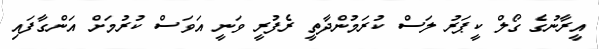
އީރާނުގެ ގޯލް ކީޕަރު ލަސް ކުރަމުންދާތީ ރެފުރީ ވަނީ އަވަސް ކުރުމަށް އަންގާފައި